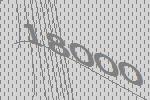
18000